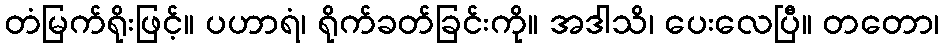
တံမြက်ရိုးဖြင့်။ ပဟာရံ၊ ရိုက်ခတ်ခြင်းကို။ အဒါသိ၊ ပေးလေပြီ။ တတော၊